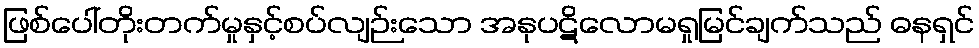
ဖြစ်ပေါ်တိုးတက်မှုနှင့်စပ်လျဉ်းသော အနုပဋိလောမရှုမြင်ချက်သည် ဓနရှင်